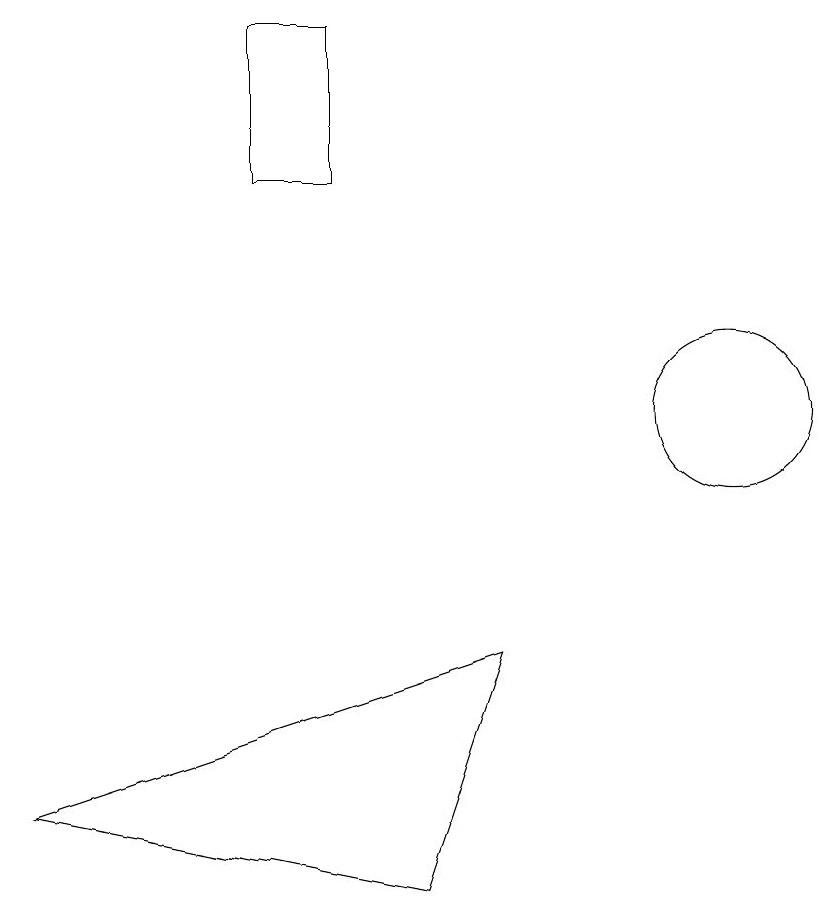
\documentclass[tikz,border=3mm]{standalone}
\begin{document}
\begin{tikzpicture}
\draw (4,15) rectangle (5,13);
\draw (1,5) -- (6,4) -- (7,7) -- cycle;
\draw (10,10) circle (1);
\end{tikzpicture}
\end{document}